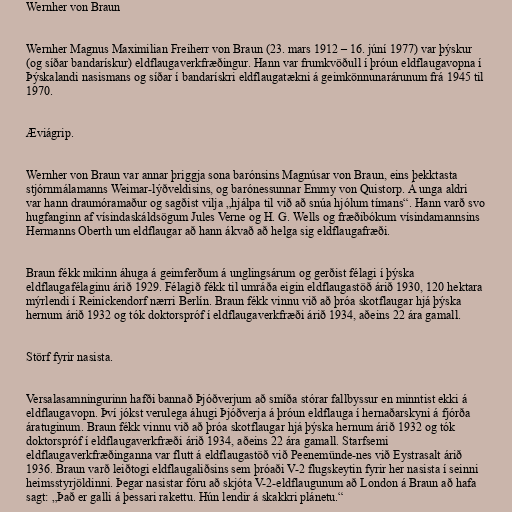
Wernher von Braun

Wernher Magnus Maximilian Freiherr von Braun (23. mars 1912 – 16. júní 1977) var þýskur
(og síðar bandarískur) eldflaugaverkfræðingur. Hann var frumkvöðull í þróun eldflaugavopna í
Þýskalandi nasismans og síðar í bandarískri eldflaugatækni á geimkönnunarárunum frá 1945 til
1970.

Æviágrip.

Wernher von Braun var annar þriggja sona barónsins Magnúsar von Braun, eins þekktasta
stjórnmálamanns Weimar-lýðveldisins, og barónessunnar Emmy von Quistorp. Á unga aldri
var hann draumóramaður og sagðist vilja „hjálpa til við að snúa hjólum tímans“. Hann varð svo
hugfanginn af vísindaskáldsögum Jules Verne og H. G. Wells og fræðibókum vísindamannsins
Hermanns Oberth um eldflaugar að hann ákvað að helga sig eldflaugafræði.

Braun fékk mikinn áhuga á geimferðum á unglingsárum og gerðist félagi í þýska
eldflaugafélaginu árið 1929. Félagið fékk til umráða eigin eldflaugastöð árið 1930, 120 hektara
mýrlendi í Reinickendorf nærri Berlín. Braun fékk vinnu við að þróa skotflaugar hjá þýska
hernum árið 1932 og tók doktorspróf í eldflaugaverkfræði árið 1934, aðeins 22 ára gamall.

Störf fyrir nasista.

Versalasamningurinn hafði bannað Þjóðverjum að smíða stórar fallbyssur en minntist ekki á
eldflaugavopn. Því jókst verulega áhugi Þjóðverja á þróun eldflauga í hernaðarskyni á fjórða
áratuginum. Braun fékk vinnu við að þróa skotflaugar hjá þýska hernum árið 1932 og tók
doktorspróf í eldflaugaverkfræði árið 1934, aðeins 22 ára gamall. Starfsemi
eldflaugaverkfræðinganna var flutt á eldflaugastöð við Peenemünde-nes við Eystrasalt árið
1936. Braun varð leiðtogi eldflaugaliðsins sem þróaði V-2 flugskeytin fyrir her nasista í seinni
heimsstyrjöldinni. Þegar nasistar fóru að skjóta V-2-eldflaugunum að London á Braun að hafa
sagt: „Það er galli á þessari rakettu. Hún lendir á skakkri plánetu.“